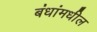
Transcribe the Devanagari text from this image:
बंधांमधील